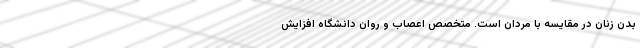
بدن زنان در مقایسه با مردان است. متخصص اعصاب و روان دانشگاه افزایش